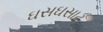
ઘસઘસાટ